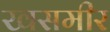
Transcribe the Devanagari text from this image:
खसमीर